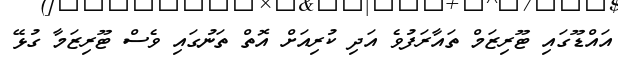
އައްޑޫގައި ޓޫރިޒަމް ތައާރަފުވެ އަދި ކުރިއަށް އޮތް ތަނުގައި ވެސް ޓޫރިޒަމާ ގުޅޭ